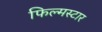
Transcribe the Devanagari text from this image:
फिल्मस्टार